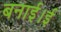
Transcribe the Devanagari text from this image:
बनाई।ई